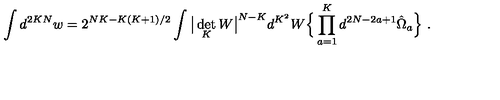
\int d ^ { 2 K N } w = 2 ^ { N K - K ( K + 1 ) / 2 } \int \big | \det _ { K } W \big | ^ { N - K } d ^ { K ^ { 2 } } W \Big \{ \prod _ { a = 1 } ^ { K } d ^ { 2 N - 2 a + 1 } \hat { \Omega } _ { a } \Big \} \ .